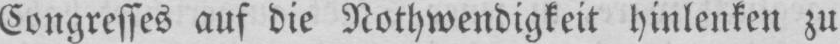
Congresses auf die Nothwendigkeit hinlenken zu